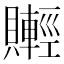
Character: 𧸰